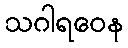
သဂါရဝေန